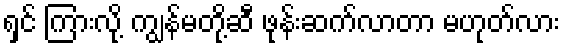
ရှင် ကြားလို့ ကျွန်မတို့ဆီ ဖုန်းဆက်လာတာ မဟုတ်လား